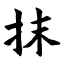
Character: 抹